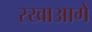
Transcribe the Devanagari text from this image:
रखाआगे